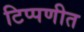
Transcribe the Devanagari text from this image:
टिप्पणीत